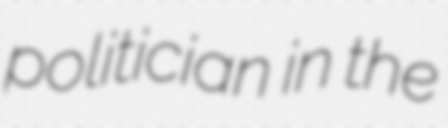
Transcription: politician in the